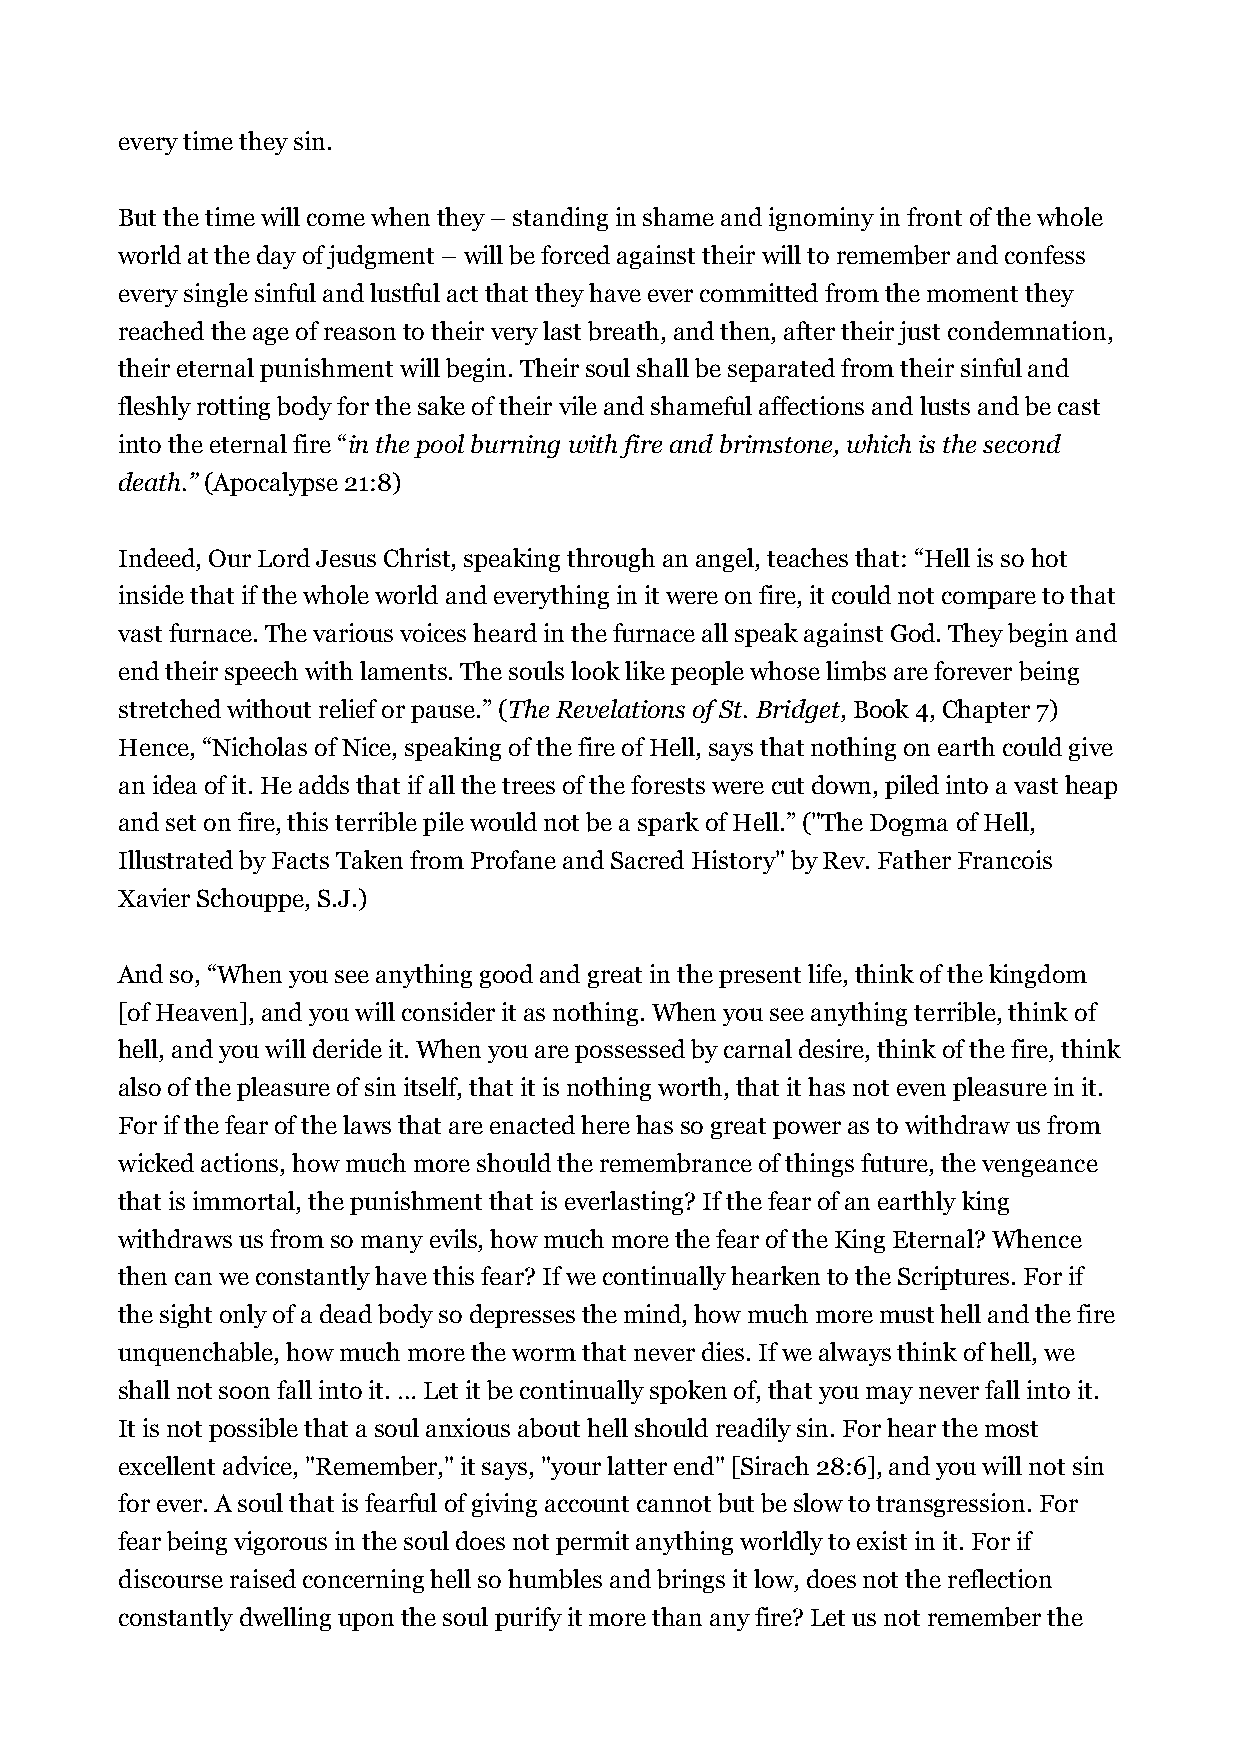
every time they sin.
 But the time will come when they – standing in shame and ignominy in front of the whole
 world at the day of judgment – will be forced against their will to remember and confess
 every single sinful and lustful act that they have ever committed from the moment they
 reached the age of reason to their very last breath, and then, after their just condemnation,
 their eternal punishment will begin. Their soul shall be separated from their sinful and
 fleshly rotting body for the sake of their vile and shameful affections and lusts and be cast
 into the eternal fire “in the pool burning with fire and brimstone, which is the second
 death.” (Apocalypse 21:8)
 Indeed, Our Lord Jesus Christ, speaking through an angel, teaches that: “Hell is so hot
 inside that if the whole world and everything in it were on fire, it could not compare to that
 vast furnace. The various voices heard in the furnace all speak against God. They begin and
 end their speech with laments. The souls look like people whose limbs are forever being
 stretched without relief or pause.” (The Revelations of St. Bridget, Book 4, Chapter 7)
 Hence, “Nicholas of Nice, speaking of the fire of Hell, says that nothing on earth could give
 an idea of it. He adds that if all the trees of the forests were cut down, piled into a vast heap
 and set on fire, this terrible pile would not be a spark of Hell.” ("The Dogma of Hell,
 Illustrated by Facts Taken from Profane and Sacred History" by Rev. Father Francois
 Xavier Schouppe, S.J.)
 And so, “When you see anything good and great in the present life, think of the kingdom
 [of Heaven], and you will consider it as nothing. When you see anything terrible, think of
 hell, and you will deride it. When you are possessed by carnal desire, think of the fire, think
 also of the pleasure of sin itself, that it is nothing worth, that it has not even pleasure in it.
 For if the fear of the laws that are enacted here has so great power as to withdraw us from
 wicked actions, how much more should the remembrance of things future, the vengeance
 that is immortal, the punishment that is everlasting? If the fear of an earthly king
 withdraws us from so many evils, how much more the fear of the King Eternal? Whence
 then can we constantly have this fear? If we continually hearken to the Scriptures. For if
 the sight only of a dead body so depresses the mind, how much more must hell and the fire
 unquenchable, how much more the worm that never dies. If we always think of hell, we
 shall not soon fall into it. … Let it be continually spoken of, that you may never fall into it.
 It is not possible that a soul anxious about hell should readily sin. For hear the most
 excellent advice, "Remember," it says, "your latter end" [Sirach 28:6], and you will not sin
 for ever. A soul that is fearful of giving account cannot but be slow to transgression. For
 fear being vigorous in the soul does not permit anything worldly to exist in it. For if
 discourse raised concerning hell so humbles and brings it low, does not the reflection
 constantly dwelling upon the soul purify it more than any fire? Let us not remember the